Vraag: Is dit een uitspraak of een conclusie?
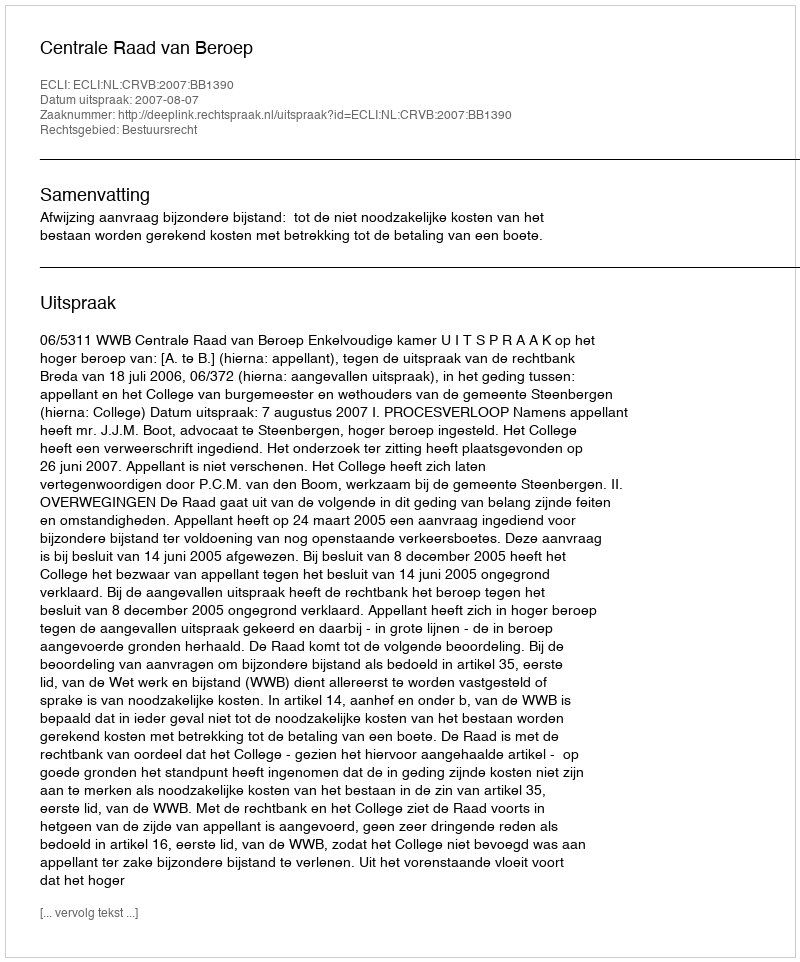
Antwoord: Uitspraak